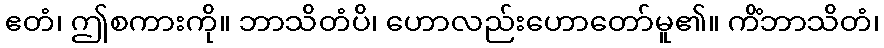
ဧတံ၊ ဤစကားကို။ ဘာသိတံပိ၊ ဟောလည်းဟောတော်မူ၏။ ကိံဘာသိတံ၊